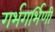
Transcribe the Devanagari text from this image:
गर्भगर्भिणी